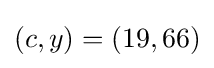
(c,y)=(19,66)